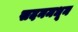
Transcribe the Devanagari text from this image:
सदनमधून